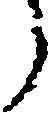
う